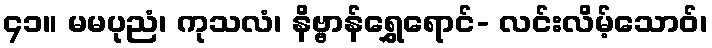
၄၁။ မမပုညံ၊ ကုသလံ၊ နိဗ္ဗာန်ရွှေရောင်- လင်းလိမ့်သောဝ်၊